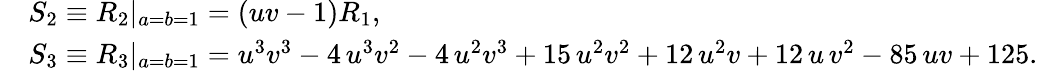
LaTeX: \begin{array}{rl}&{S_{2}\equiv R_{2}|_{a=b=1}=\left(uv-1\right)R_{1},}\\ &{S_{3}\equiv R_{3}|_{a=b=1}=u^{3}v^{3}-4\, u^{3}v^{2}-4\, u^{2}v^{3}+15\, u^{2}v^{2}+12\, u^{2}v+12\, u\, v^{2}-85\, uv+125.}\end{array}